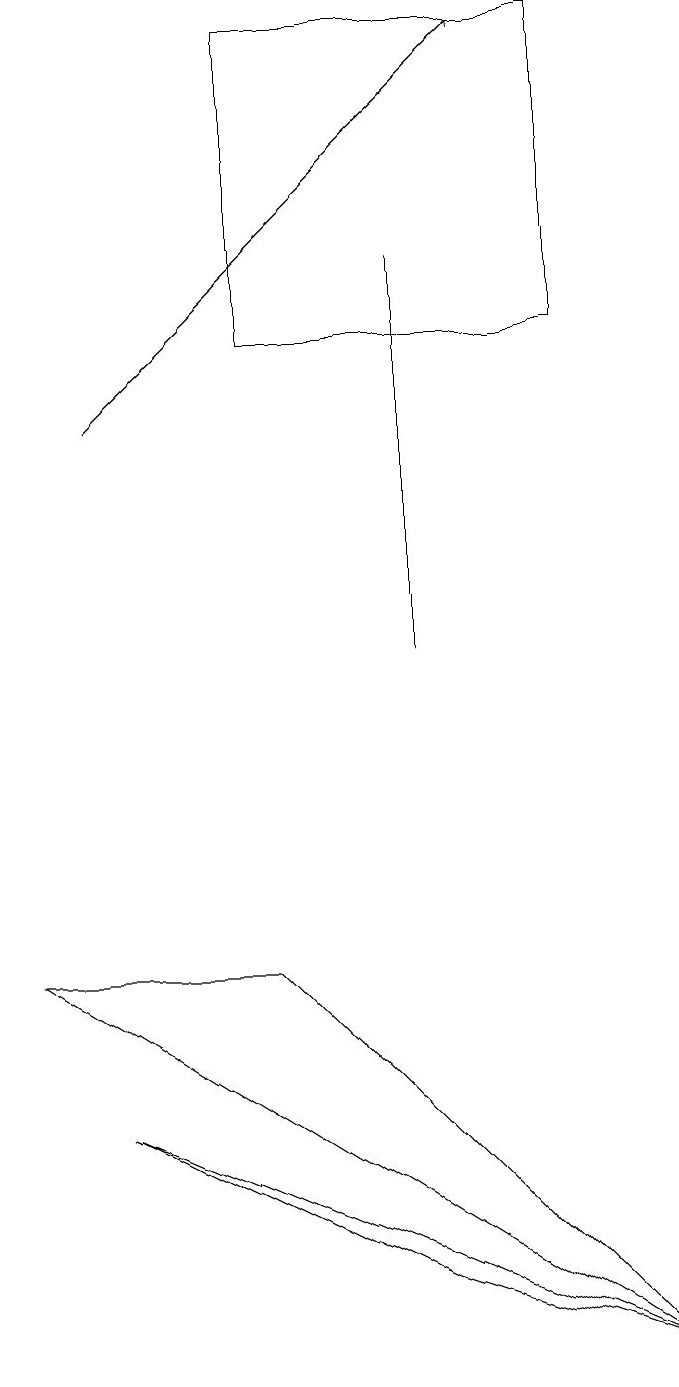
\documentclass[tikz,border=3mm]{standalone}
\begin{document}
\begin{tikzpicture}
\draw[->] (2,13) -- (7,18);
\draw (1,6) -- (4,6) -- (9,1) -- cycle;
\draw (9,1) -- (2,4) -- (6,2) -- cycle;
\draw (4,14) rectangle (8,18);
\draw (6,15) rectangle (6,10);
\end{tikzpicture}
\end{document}